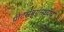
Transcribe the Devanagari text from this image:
पीटर्सबर्गमध्येच